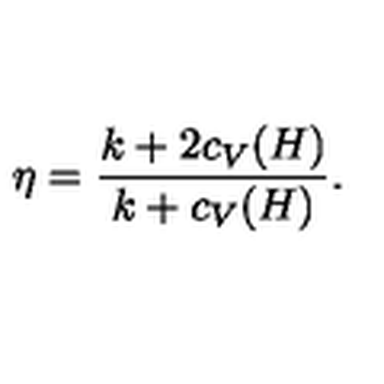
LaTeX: \eta = { \frac { k + 2 c _ { V } ( H ) } { k + c _ { V } ( H ) } } .